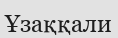
Ұзаққали